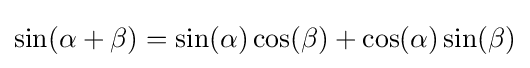
\sin(\alpha +\beta )=\sin(\alpha )\cos(\beta )+\cos(\alpha )\sin(\beta )